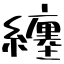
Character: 纏